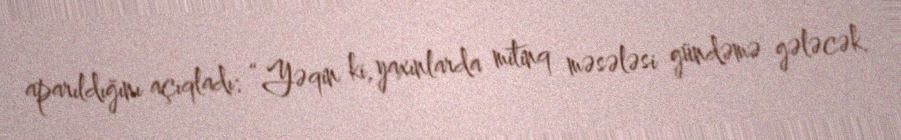
aparıldığını açıqladı: “Yəqin ki, yaxınlarda mitinq məsələsi gündəmə gələcək.